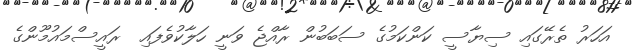
އަހަރު ތެރޭގައި ސިޔާސީ ކަންކަމުގެ ސަބަބުން ރާއްޖެ ވަނީ ހަލާކުވެފައި  ރައީސްމައުމޫންގެ